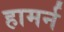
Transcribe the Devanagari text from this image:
हामर्न